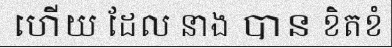
ហើយ ដែល នាង បាន ខិតខំ